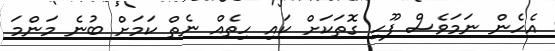
އެހެން ނަމަވެސް ފޫހި ގޮތަކަށް ކައި ހިތެއް ނެތް ކަމަށް ބުނެ މަންމަ